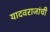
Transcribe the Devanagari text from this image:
यादवराजांची